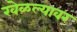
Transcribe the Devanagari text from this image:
खेळल्यावर